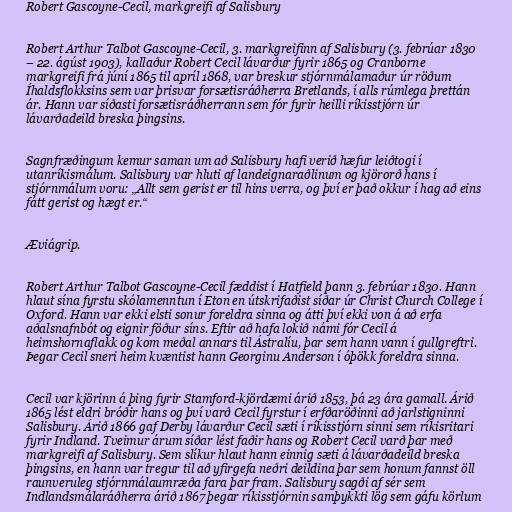
Robert Gascoyne-Cecil, markgreifi af Salisbury

Robert Arthur Talbot Gascoyne-Cecil, 3. markgreifinn af Salisbury (3. febrúar 1830
– 22. ágúst 1903), kallaður Robert Cecil lávarður fyrir 1865 og Cranborne
markgreifi frá júní 1865 til apríl 1868, var breskur stjórnmálamaður úr röðum
Íhaldsflokksins sem var þrisvar forsætisráðherra Bretlands, í alls rúmlega þrettán
ár. Hann var síðasti forsætisráðherrann sem fór fyrir heilli ríkisstjórn úr
lávarðadeild breska þingsins.

Sagnfræðingum kemur saman um að Salisbury hafi verið hæfur leiðtogi í
utanríkismálum. Salisbury var hluti af landeignaraðlinum og kjörorð hans í
stjórnmálum voru: „Allt sem gerist er til hins verra, og því er það okkur í hag að eins
fátt gerist og hægt er.“

Æviágrip.

Robert Arthur Talbot Gascoyne-Cecil fæddist í Hatfield þann 3. febrúar 1830. Hann
hlaut sína fyrstu skólamenntun í Eton en útskrifaðist síðar úr Christ Church College í
Oxford. Hann var ekki elsti sonur foreldra sinna og átti því ekki von á að erfa
aðalsnafnbót og eignir föður síns. Eftir að hafa lokið námi fór Cecil á
heimshornaflakk og kom meðal annars til Ástralíu, þar sem hann vann í gullgreftri.
Þegar Cecil sneri heim kvæntist hann Georginu Anderson í óþökk foreldra sinna.

Cecil var kjörinn á þing fyrir Stamford-kjördæmi árið 1853, þá 23 ára gamall. Árið
1865 lést eldri bróðir hans og því varð Cecil fyrstur í erfðaröðinni að jarlstigninni
Salisbury. Árið 1866 gaf Derby lávarður Cecil sæti í ríkisstjórn sinni sem ríkisritari
fyrir Indland. Tveimur árum síðar lést faðir hans og Robert Cecil varð þar með
markgreifi af Salisbury. Sem slíkur hlaut hann einnig sæti á lávarðadeild breska
þingsins, en hann var tregur til að yfirgefa neðri deildina þar sem honum fannst öll
raunveruleg stjórnmálaumræða fara þar fram. Salisbury sagði af sér sem
Indlandsmálaráðherra árið 1867 þegar ríkisstjórnin samþykkti lög sem gáfu körlum